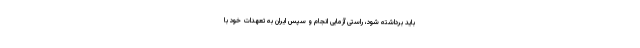
باید برداشته شود، راستی آزمایی انجام و سپس ایران به تعهدات خود با